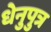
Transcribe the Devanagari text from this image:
धेनुपुत्र